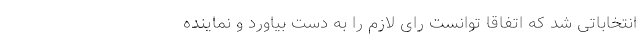
انتخاباتی شد که اتفاقا توانست رای لازم را به دست بیاورد و نماینده